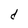
Character: d